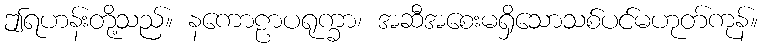
ဤရဟန်းတို့သည်။ နကောဠာပရုက္ခာ၊ အဆီအစေးမရှိသောသစ်ပင်မဟုတ်ကုန်။